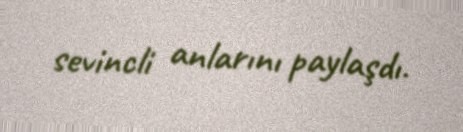
sevincli anlarını paylaşdı.